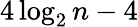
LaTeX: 4\log_{2}n-4